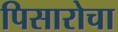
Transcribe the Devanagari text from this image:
पिसारोचा